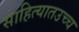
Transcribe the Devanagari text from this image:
साहित्यातउच्च